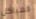
الهياكل